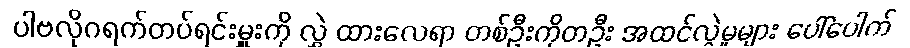
ပါဗလိုဂရက်တပ်ရင်းမှူးကို လွှဲ ထားလေရာ တစ်ဦးကိုတဦး အထင်လွဲမှုများ ပေါ်ပေါက်